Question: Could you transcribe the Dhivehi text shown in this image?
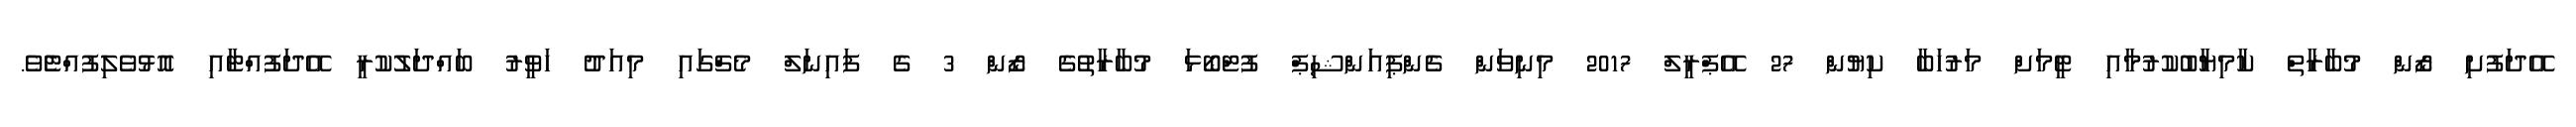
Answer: އޭދަފުށި ޒޯން މުބާރާތް ކާމިޔާބުކުރުމާއި ޓީމަށް މަރުހަބާ ކިޔުން 27 އޭޕްރީލް 2017 މިނިވަން ޗެންޕިއަންޝިޕް ފުޓްބޯޅަ މުބާރާތުގެ ޒޯން 3 ގެ ފައިނަލް މެޗްގައި މިއަދު ހަވީރު ބައްދަލުކުރީ އޭދަފުއްޓާއި އޮޅުވެލިފުއްޓެެވެ.